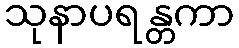
သုနာပရန္တကာ